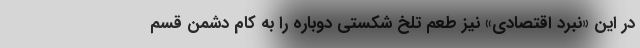
در این «نبرد اقتصادی» نیز طعم تلخ شکستی دوباره را به کام دشمن قسم